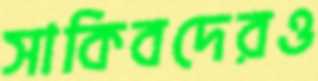
সাকিবদেরও